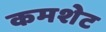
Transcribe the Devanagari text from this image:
कमशेट